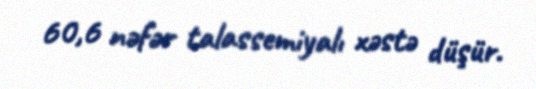
60,6 nəfər talassemiyalı xəstə düşür.